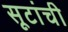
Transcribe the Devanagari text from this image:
सूटांची